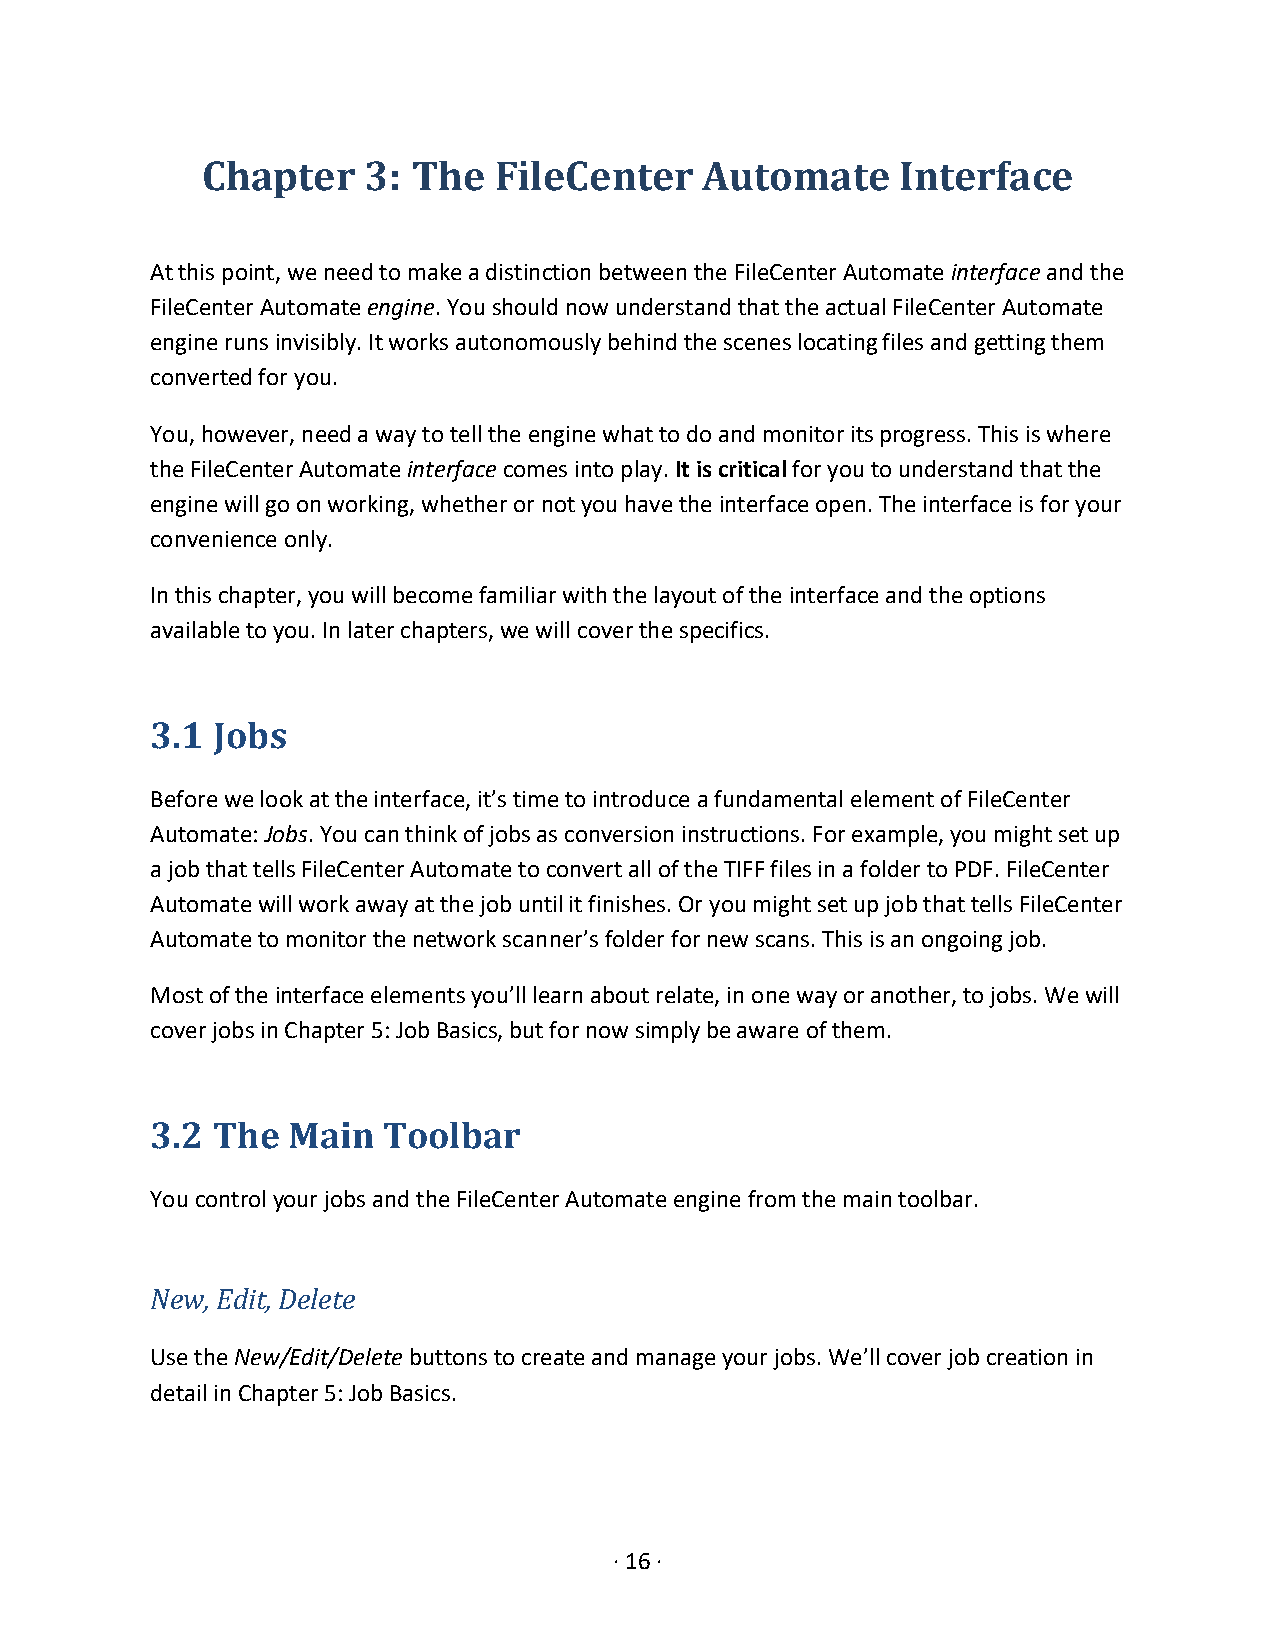
Chapter    3: The   FileCenter    Automate     Interface
 At this point, we need to make a distinction between the FileCenter Automate interface and the
 FileCenter Automate engine. You should now understand that the actual FileCenter Automate
 engine runs invisibly. It works autonomously behind the scenes locating files and getting them
 converted for you.
 You, however, need a way to tell the engine what to do and monitor its progress. This is where
 the FileCenter Automate interface comes into play. It is critical for you to understand that the
 engine will go on working, whether or not you have the interface open. The interface is for your
 convenience only.
 In this chapter, you will become familiar with the layout of the interface and the options
 available to you. In later chapters, we will cover the specifics.
 3.1 Jobs
 Before we look at the interface, it’s time to introduce a fundamental element of FileCenter
 Automate: Jobs. You can think of jobs as conversion instructions. For example, you might set up
 a job that tells FileCenter Automate to convert all of the TIFF files in a folder to PDF. FileCenter
 Automate will work away at the job until it finishes. Or you might set up job that tells FileCenter
 Automate to monitor the network scanner’s folder for new scans. This is an ongoing job.
 Most of the interface elements you’ll learn about relate, in one way or another, to jobs. We will
 cover jobs in Chapter 5: Job Basics, but for now simply be aware of them.
 3.2 The  Main  Toolbar
 You control your jobs and the FileCenter Automate engine from the main toolbar.
 New, Edit, Delete
 Use the New/Edit/Delete buttons to create and manage your jobs. We’ll cover job creation in
 detail in Chapter 5: Job Basics.
 · 16 ·